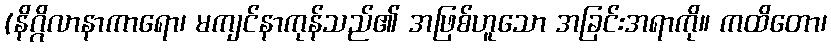
(နိဂ္ဂိလာနာကာရော၊ မကျင်နာကုန်သည်၏ အဖြစ်ဟူသော အခြင်းအရာကို။ ကထိတော၊